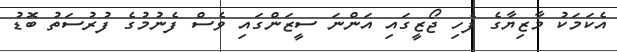
އެކަމަކު މާޒިޔާގެ ފެހި ޖޯޒީގައި އަންނަ ސީޒަންގައި ވެސް ފެނުމުގެ ފުރުސަތު ބޮޑު